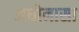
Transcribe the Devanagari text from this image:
अधोनासा